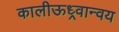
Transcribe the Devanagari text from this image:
कालीऊध्र्वान्वय